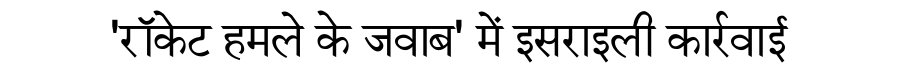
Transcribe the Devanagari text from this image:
'रॉकेट हमले के जवाब' में इसराइली कार्रवाई